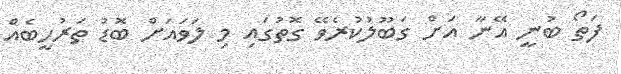
ފަތޯ ބުނީ އޭނާ އަށް ގަބޫލުކުރެވޭ ގޮތުގައި މި ލަވައަށް ބޮޑު ތަރުހީބެއް